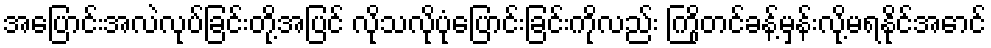
အပြောင်းအလဲလုပ်ခြင်းတို့အပြင် လိုသလိုပုံပြောင်းခြင်းကိုလည်း ကြိုတင်ခန့်မှန်းလို့မရနိုင်အောင်